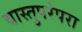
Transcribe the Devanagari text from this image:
वास्तुपरंपरा